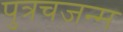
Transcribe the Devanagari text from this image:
पुत्रचजन्म